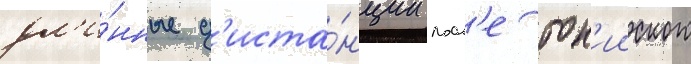
дл'и́нные д'иста́нции посл'е ток'ииского